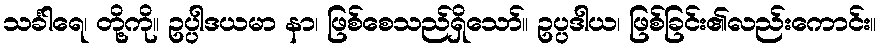
သင်္ခါရေ၊ တို့ကို။ ဥပ္ပါဒယမာ နာ၊ ဖြစ်စေသည်ရှိသော်။ ဥပ္ပဒါယ၊ ဖြစ်ခြင်း၏လည်းကောင်း။